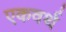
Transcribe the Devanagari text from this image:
एकवर्थ